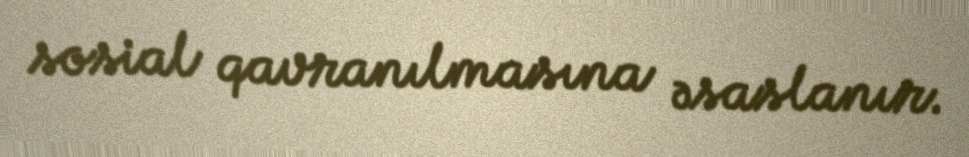
sosial qavranılmasına əsaslanır.